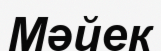
Мәйек